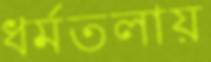
ধর্মতলায়